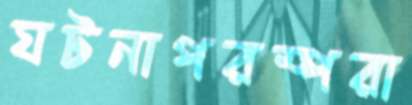
ঘটনাপরম্পরা